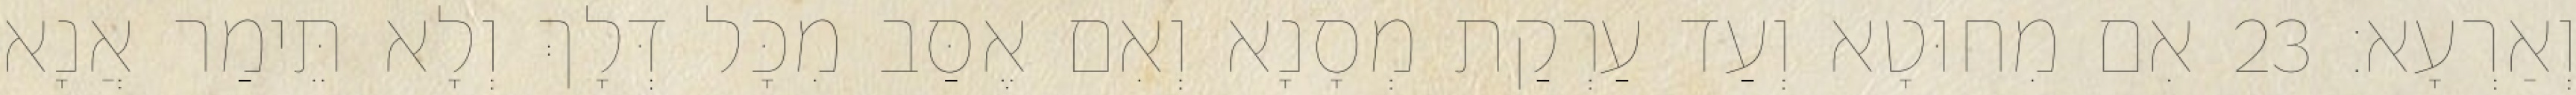
וְאַרְעָא׃ 23 אִם מִחוּטָא וְעַד עַרְקַת מְסָנָא וְאִם אֶסַּב מִכָּל דְּלָךְ וְלָא תֵּימַר אֲנָא